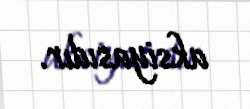
aksiyasıdır.